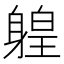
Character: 𨉤